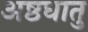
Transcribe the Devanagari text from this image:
अष्ठधातु